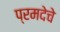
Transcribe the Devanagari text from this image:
प्रमदेचे